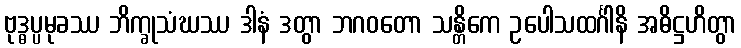
ဗုဒ္ဓပ္ပမုခဿ ဘိက္ခုသံဃဿ ဒါနံ ဒတွာ ဘဂဝတော သန္တိကေ ဥပေါသထင်္ဂါနိ အဓိဋ္ဌဟိတွာ